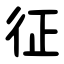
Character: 征